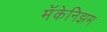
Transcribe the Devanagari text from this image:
मॅकेनिझम